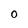
Character: O